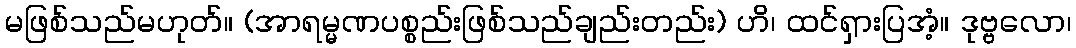
မဖြစ်သည်မဟုတ်။ (အာရမ္မဏပစ္စည်းဖြစ်သည်ချည်းတည်း) ဟိ၊ ထင်ရှားပြအံ့။ ဒုဗ္ဗလော၊